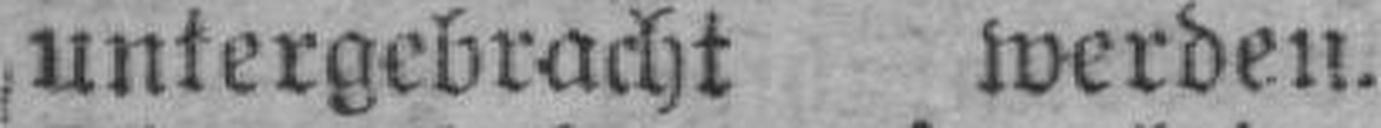
untergebracht werden.